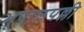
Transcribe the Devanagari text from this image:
भूपालपल्ली